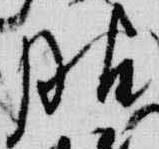
服